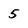
Character: 5